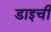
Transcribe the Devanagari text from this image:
डाइची